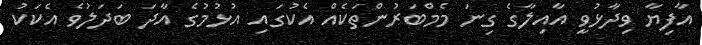
އާފިޔާ ވިދާޅުވީ އާއިލާގެ ގިނަ މެމްބަރުންތަކެއް އެކުގައި އުޅުމުގެ އާދަ ބަދަލުވެ އެކަކު